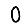
Digit: 0